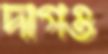
দাগও